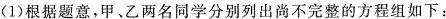
（1）根据题意，甲、乙两名同学分别列出尚不完整的方程组如下：